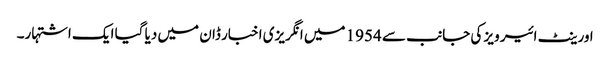
اورینٹ ائیر ویز کی جانب سے 1954 میں انگریزی اخبار ڈان میں دیا گیا ایک اشتہار۔